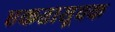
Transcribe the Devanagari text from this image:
एकतासूचक